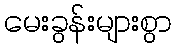
မေးခွန်းများစွာ